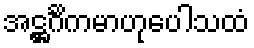
အဋ္ဌင်္ဂိကမာဟုပေါသထံ